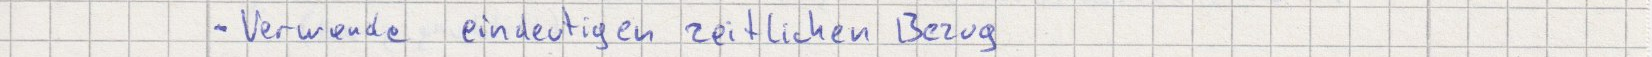
- Verwende eindeutigen zeitlichen Bezug